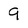
Character: 9